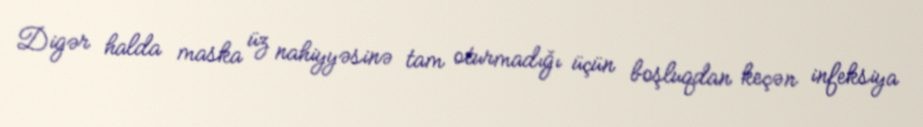
Digər halda maska üz nahiyyəsinə tam oturmadığı üçün boşluqdan keçən infeksiya